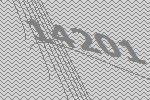
14201